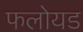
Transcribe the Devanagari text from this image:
फलोयड